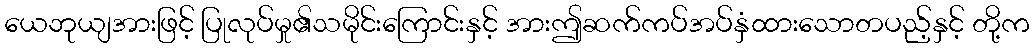
ယေဘုယျအားဖြင့် ပြုလုပ်မှု၏သမိုင်းကြောင်းနှင့် အားဤဆက်ကပ်အပ်နှံထားသောတပည့်နှင့် တို့က